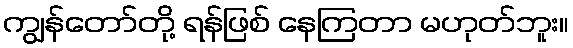
ကျွန်တော်တို့ ရန်ဖြစ် နေကြတာ မဟုတ်ဘူး။